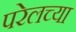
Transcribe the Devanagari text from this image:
परेलच्या